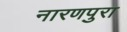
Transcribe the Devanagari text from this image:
नारणपुरा